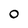
Character: 0